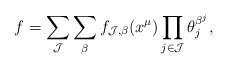
\begin{align*}f=\sum_{\mathcal{J}} \sum_{\beta} f_{\mathcal{J},\beta}(x^{\mu}) \prod_{j \in \mathcal{J}} \theta_j^{\beta^j},\end{align*}